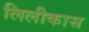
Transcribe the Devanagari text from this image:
लिलीकास